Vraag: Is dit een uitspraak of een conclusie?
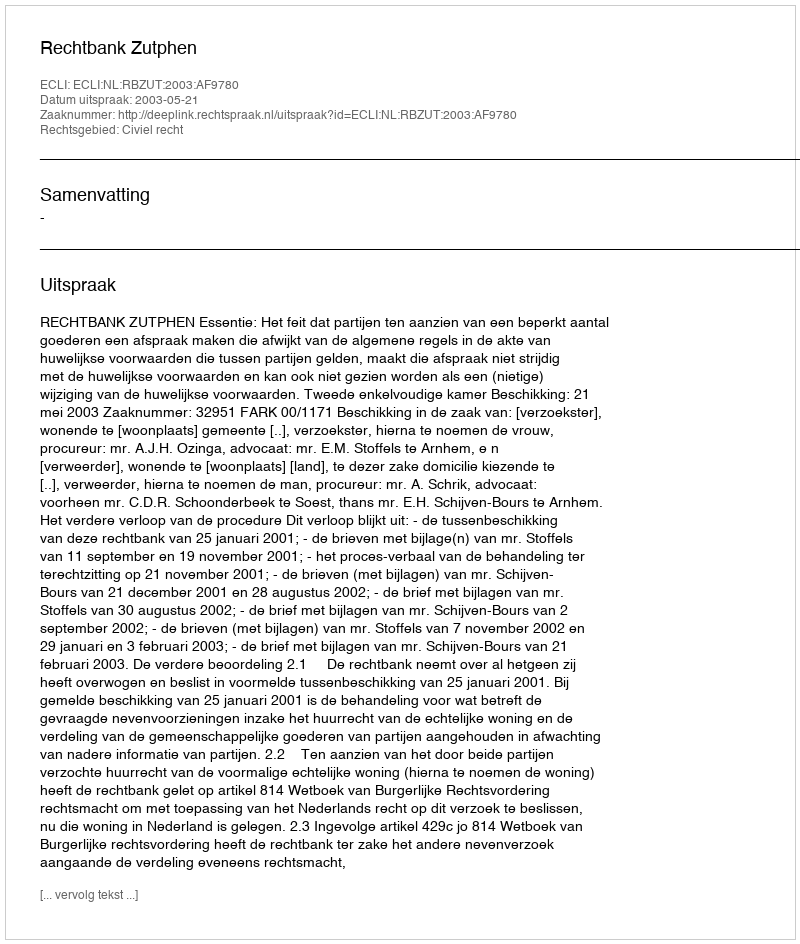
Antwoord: Uitspraak